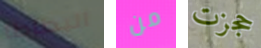
البطاطا من حجزت